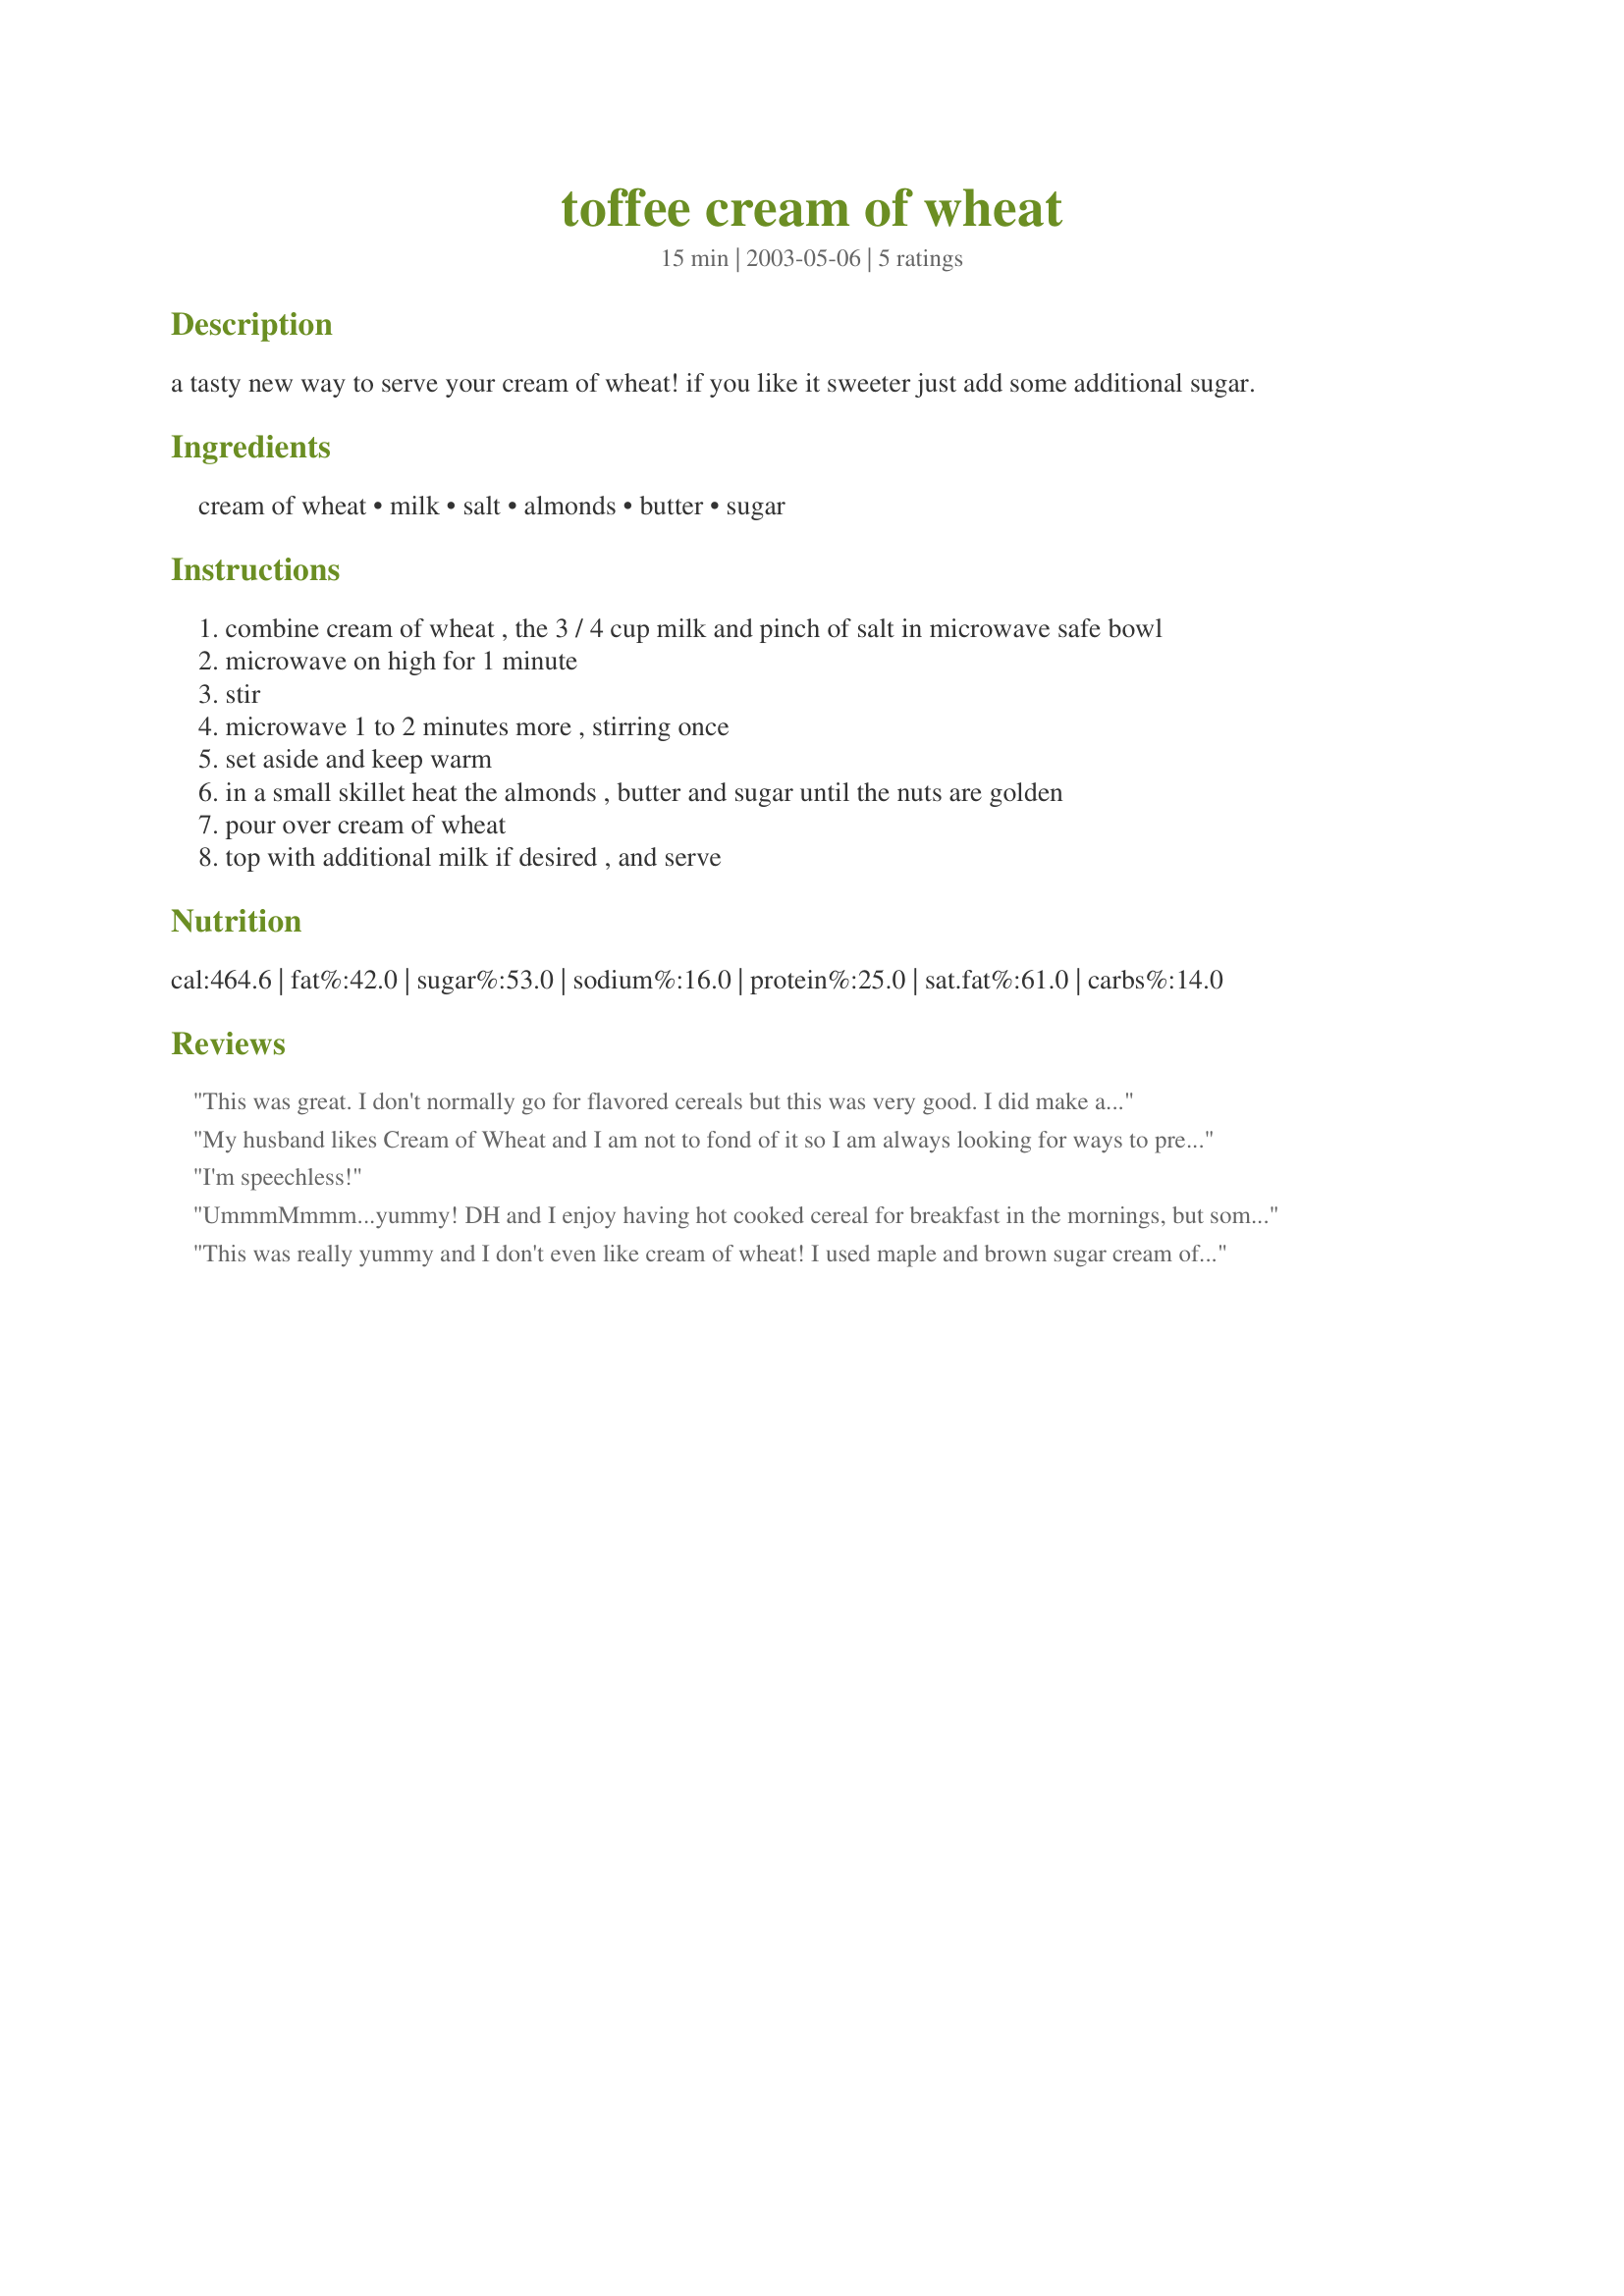
toffee cream of wheat
Preparation time: 15 minutes

a tasty new way to serve your cream of wheat! if you like it sweeter just add some additional sugar.

Ingredients:
cream of wheat, milk, salt, almonds, butter, sugar

Steps:
combine cream of wheat , the 3 / 4 cup milk and pinch of salt in microwave safe bowl
microwave on high for 1 minute
stir
microwave 1 to 2 minutes more , stirring once
set aside and keep warm
in a small skillet heat the almonds , butter and sugar until the nuts are golden
pour over cream of wheat
top with additional milk if desired , and serve

Reviews:
This was great. I don't normally go for flavored cereals but this was very good. I did make a couple of changes. First, instead of opening a new bag of almonds I used some pecans that were already opened. Second, I am diabetic so I used Splenda brown sugar in place of the sugar since I wasn't sure that Splenda would brown like sugar.
My husband likes Cream of Wheat and I am not to fond of it so I am always looking for ways to prepare it so we both like it. 
This was a good one. The topping made this dish for me. I gave it 5 stars because it made cream of wheat taste good to me.

Thanks Michelle S. 

Bullwinkle.
I'm speechless!
UmmmMmmm...yummy! DH and I enjoy having hot cooked cereal for breakfast in the mornings, but sometimes they get to be humdrum. This certainly was not that! Although it took a little more effort than plain jane cereal, it was worth every bit of it. The only thing I will do differently the next time is to cook it on the stovetop, rather than in the microwave as we just don't care for cereal cooked in the microwave as well as on the stovetop, but we sure do like to use milk to replace the water! I suspect this would also be good in oatmeal, cream of rice and probably even malt-o-meal (my favorite!). Thank you for a great idea Michelle.
This was really yummy and I don't even like cream of wheat! I used maple and brown sugar cream of wheat. I didn't have any nuts, so I just made the caramel and then added bananas to the cereal. Even tho I messed the whole thing up, it was still delicious! I over cooked the caramel and ended up with a big piece of candy in my bowl, but I just chopped it up and ate it. lol Thanks for the recipe, it made a tasty and fun morning!
